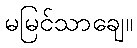
မမြင်သာချေ။